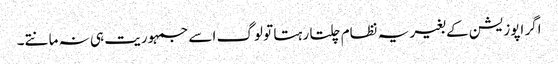
اگر اپوزیشن کے بغیر یہ نظام چلتا رہتا تو لوگ اسے جمہوریت ہی نہ مانتے۔